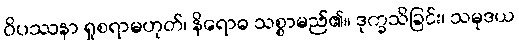
ဝိပဿနာ ရှုစရာမဟုတ်၊ နိရောဓ သစ္စာမည်၏။ ဒုက္ခသိခြင်း၊ သမုဒယ